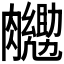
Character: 𮍉